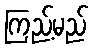
ကြည့်မည်